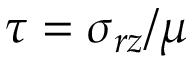
\tau = \sigma _ { r z } / \mu